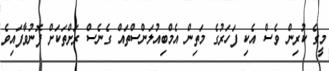
މީގެ ކުރިން ވެސް އެކި ފަހަރުގެ މަތިން އެމްބިއުލަންސްތައް ގެނެސް ރަށްތަކަށް ފޮނުވާފައިވެ